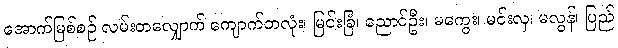
အောက်မြစ်စဉ် လမ်းတလျှောက် ကျောက်တလုံး၊ မြင်းခြံ၊ ညောင်ဦး၊ မကွေး၊ မင်းလှ၊ မလွန်၊ ပြည်